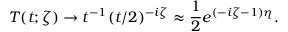
T ( t ; \zeta ) \to t ^ { - 1 } ( t / 2 ) ^ { - i \zeta } \approx \frac { 1 } { 2 } e ^ { ( - i \zeta - 1 ) \eta } .